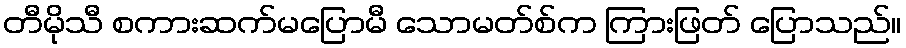
တီမိုသီ စကားဆက်မပြောမီ သောမတ်စ်က ကြားဖြတ် ပြောသည်။